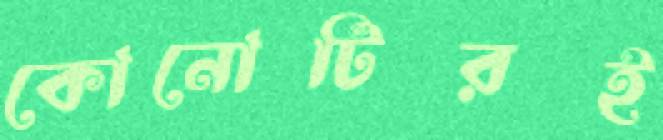
কোনোটিরই